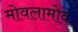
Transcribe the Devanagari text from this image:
मोवलामोव